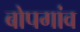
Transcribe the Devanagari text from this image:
बोपगांव